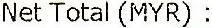
NET TOTAL (MYR) :